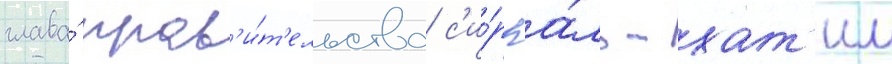
глава́ прав'и́т'ельства с'и́рр а́ль-хат'им